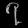
Digit: ၇